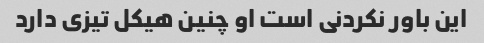
این باور نکردنی است او چنین هیکل تیزی دارد